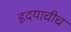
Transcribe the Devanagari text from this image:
हृदयाचीच